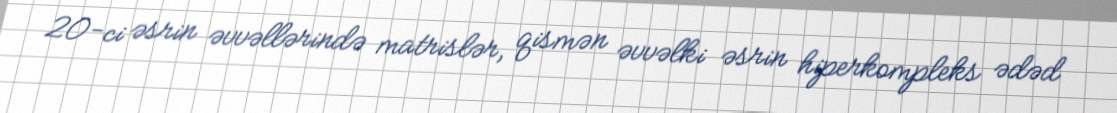
20-ci əsrin əvvəllərində matrislər, qismən əvvəlki əsrin hiperkompleks ədəd